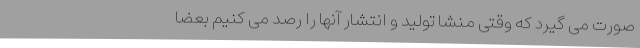
صورت می گیرد که وقتی منشا تولید و انتشار آنها را رصد می کنیم بعضاً